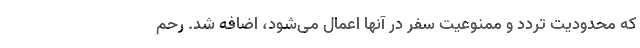
که محدودیت تردد و ممنوعیت سفر در آنها اعمال می‌شود، اضافه شد. رحم